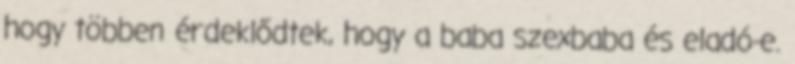
hogy többen érdeklődtek, hogy a baba szexbaba és eladó-e.